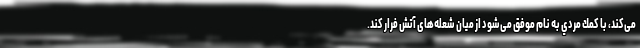
می‌كند، با كمك مردي به نام موفق می‌شود از ميان شعله‌های آتش فرار كند.